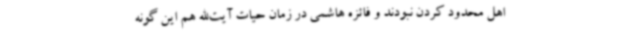
اهل محدود کردن نبودند و فائزه هاشمی در زمان حیات آیت‌الله هم این گونه